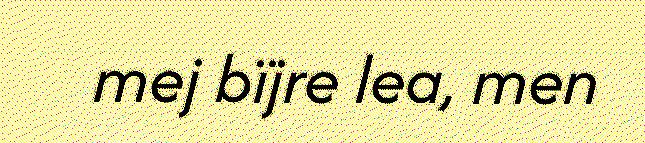
mej bïjre lea, men